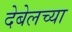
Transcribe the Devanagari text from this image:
देबेलच्या